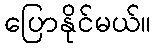
ပြောနိုင်မယ်။